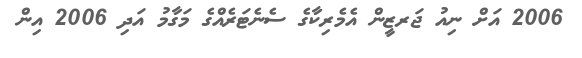
2006 އަށް ނިއު ޖަރޒީން އެމެރިކާގެ ސެނެޓަރެއްގެ މަގާމު އަދި 2006 އިން